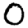
Digit: 0